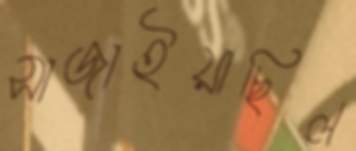
সাজাইয়াছিল